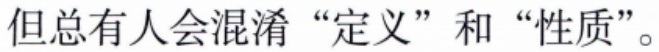
但总有人会混淆“定义”和“性质”。